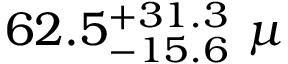
6 2 . 5 _ { - 1 5 . 6 } ^ { + 3 1 . 3 } ~ \mu